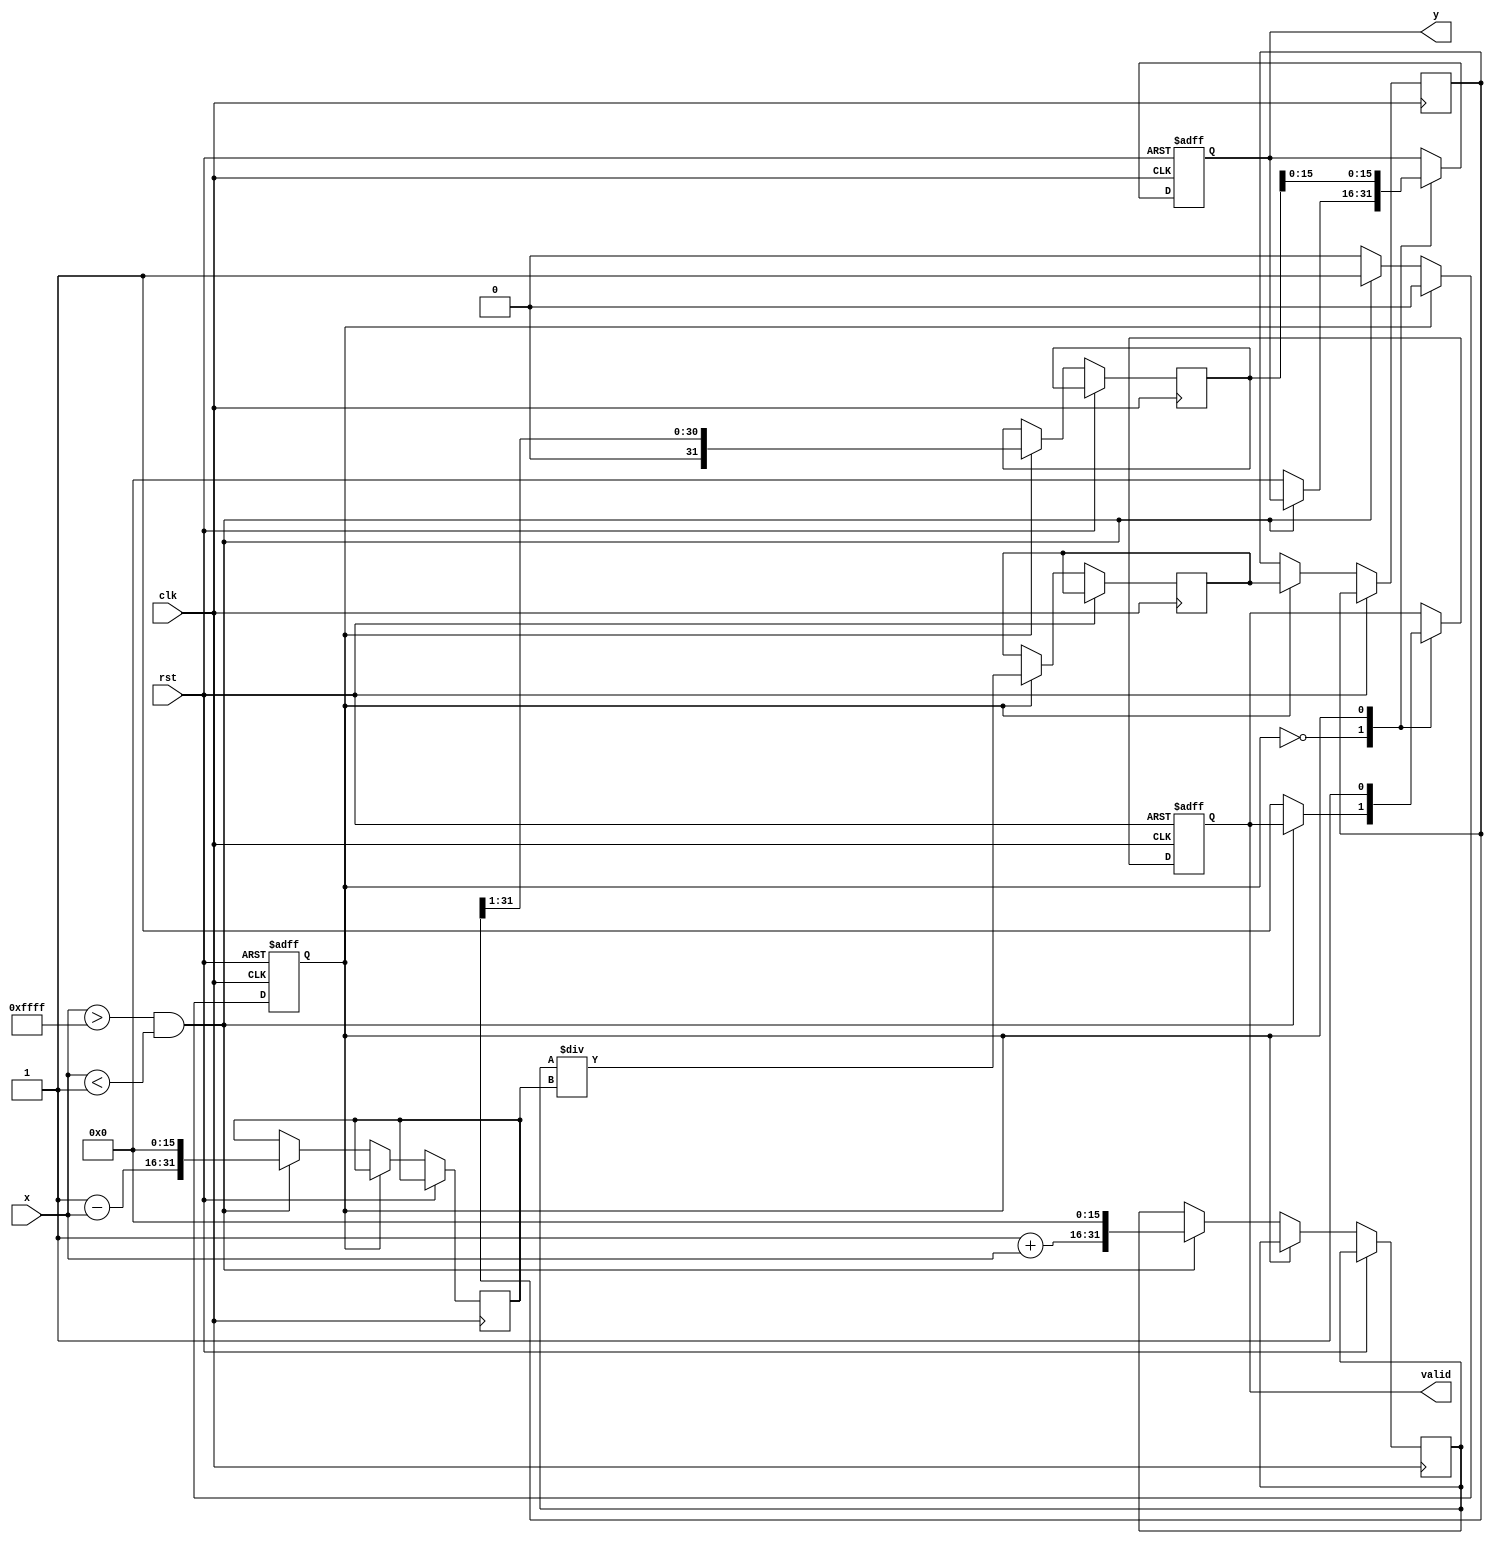
module atanh_arithmetic(
    input wire clk,
    input wire rst,
    input wire signed [15:0] x, // 16-bit signed input
    output reg signed [15:0] y,  // 16-bit signed output
    output reg valid              // Output valid signal
);

    // Parameters for fixed-point representation
    parameter WIDTH = 16;
    parameter ONE = 16'h0001; // Representing value '1' in fixed-point
    
    // Internal signals
    reg signed [2*WIDTH-1:0] num; // for (1+x)
    reg signed [2*WIDTH-1:0] denom; // for (1-x)
    reg signed [2*WIDTH-1:0] ln_input; // for the logarithm input
    reg signed [2*WIDTH-1:0] ln_result; // store result of logarithm
    reg signed [2*WIDTH-1:0] result;
    reg state;
    
    // State encoding
    localparam IDLE = 1'b0, CALCULATE = 1'b1;
    
    // Logarithm approximation (for demonstration, implement a simple linear approximation)
    function signed [2*WIDTH-1:0] ln_approx(input signed [2*WIDTH-1:0] value);
        begin
            // Simple linear approximation; more sophisticated algorithms may be necessary
            ln_approx = value; // Placeholder for demonstration
        end
    endfunction
    
    // Sequential logic
    always @(posedge clk or posedge rst) begin
        if (rst) begin
            y <= 0;
            valid <= 0;
            state <= IDLE;
        end else begin
            case (state)
                IDLE: begin
                    if (x > -ONE && x < ONE) begin // Input range check
                        num <= (ONE + x) << WIDTH; // (1+x)*2^WIDTH for fixed-point
                        denom <= (ONE - x) << WIDTH; // (1-x)*2^WIDTH for fixed-point
                        state <= CALCULATE;
                    end else begin
                        y <= 0; // Error handling: output 0 or any predefined constant
                        valid <= 1;
                    end
                end
                
                CALCULATE: begin
                    ln_input <= num / denom; // Input to logarithm function
                    ln_result <= ln_approx(ln_input); // Compute ln((1+x)/(1-x))
                    result <= ln_result >> 1; // Divide by 2 for final result
                    y <= result;
                    valid <= 1;
                    state <= IDLE; // Go back to idle
                end
                
                default: state <= IDLE;
            endcase
        end
    end

endmodule